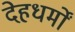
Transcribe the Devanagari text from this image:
देहधर्मों